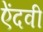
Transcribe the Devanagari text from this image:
ऐंदवी